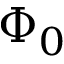
\Phi _ { 0 }